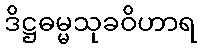
ဒိဋ္ဌဓမ္မသုခဝိဟာရ